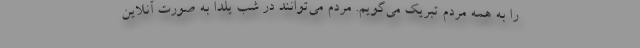
را به همه مردم تبریک می‌گویم. مردم می‌توانند در شب یلدا به صورت آنلاین